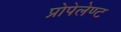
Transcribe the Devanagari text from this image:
प्रोपेलेण्ट